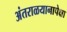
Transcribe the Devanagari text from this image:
अंतराळयानापेक्षा